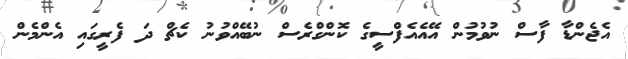
އެޖެންޑާ ފާސް ނުވުމުން އޭއެއެފްސީގެ ކޮންގްރެސް ނުބޭއްވުނު ކެޗްް ދަ ފެރީގައި އެންމެން